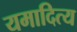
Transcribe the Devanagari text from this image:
यमादित्य